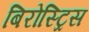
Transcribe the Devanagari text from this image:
बिरोस्ट्रिस